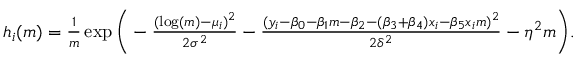
\begin{array} { r } { h _ { i } ( m ) = \frac { 1 } { m } \exp \bigg ( - \frac { ( \log ( m ) - \mu _ { i } ) ^ { 2 } } { 2 \sigma ^ { 2 } } - \frac { ( y _ { i } - \beta _ { 0 } - \beta _ { 1 } m - \beta _ { 2 } - ( \beta _ { 3 } + \beta _ { 4 } ) x _ { i } - \beta _ { 5 } x _ { i } m ) ^ { 2 } } { 2 \delta ^ { 2 } } - \eta ^ { 2 } m \bigg ) . } \end{array}